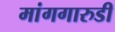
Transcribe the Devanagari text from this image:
मांगगारुडी